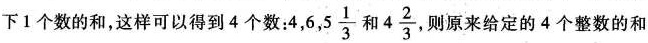
下1个数的和，这样可以得到4个数：4， 6,5 \frac{1}{3}和 4 \frac{2}{3} ，则原来给定的4个整数的和